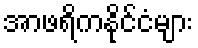
အာဖရိကနိုင်ငံများ